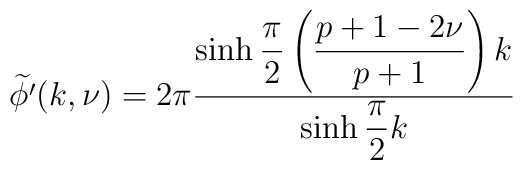
\widetilde{\phi '}(k,\nu )=2\pi \displaystyle\frac{\sinh \displaystyle\frac{\pi }{2}\left( \displaystyle\frac{p+1-2\nu }{p+1}\right) k}{\sinh \displaystyle\frac{\pi }{2}k}